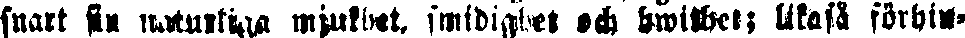
snart sin naturliga mjukhet smidighet och hwithet; likaså förhin-